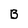
Character: B